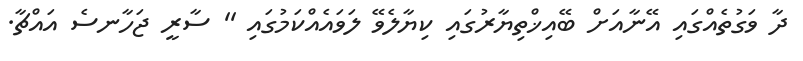
ދާ ވަގުތެއްގައި އޭނާއަށް ބޭއިޚްތިޔާރުގައި ކިޔާލެވޭ ލަވައެއްކަމުގައި '' ސާރީ ޖަހާނސެ އައްޗާ.